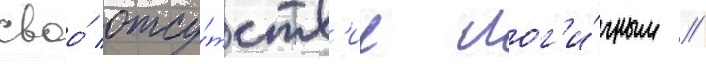
своо́ отсу́тств'ие лог'и́чным //